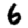
Digit: 6